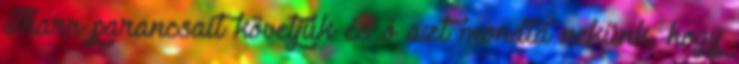
Tharr parancsait követjük és ő azt mondta nekünk, hogy